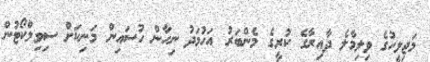
މަޖިލީހުގެ ވިލިމާލެ ދާއިރާގެ ކުރީގެ މެންބަރު އަހުމަދު ނިހާން ހުސައިން މަނިކަށް ސިވިލްކޯޓުން